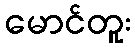
မောင်တူး